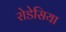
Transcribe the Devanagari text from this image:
रोडेसिया